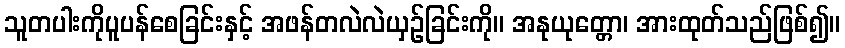
သူတပါးကိုပူပန်စေခြင်းနှင့် အဖန်တလဲလဲယှဉ်ခြင်းကို။ အနုယုတ္တော၊ အားထုတ်သည်ဖြစ်၍။